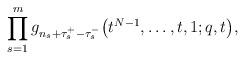
LaTeX: \begin{gather*}\prod_{s=1}^m{{g_{n_s+\tau_s^+ - \tau_s^-}\big(t^{N-1}, \dots, t, 1; q, t\big)}},\end{gather*}